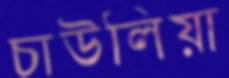
চাউলিয়া